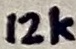
Text: 12k